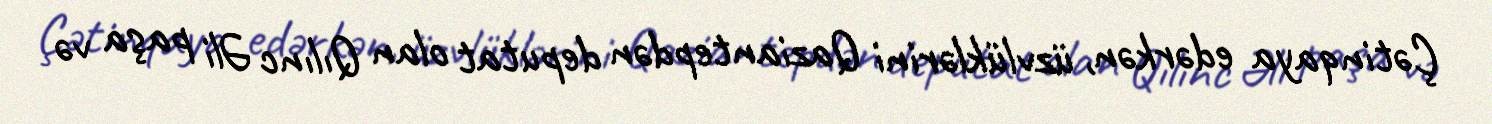
Çətinqaya edərkən, üzvlüklərini Qaziantepdən deputat olan Qılınc Əli paşa və